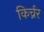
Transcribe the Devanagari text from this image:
किर्च्नर